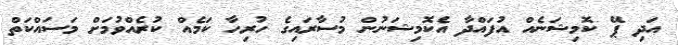
އަދި ޕޭ ކޮމިޝަނެއް އުފައްދާ އެކޮމިޝަނުން މުސާރައިގެ ހުރިހާ ކަމެއް ކުރެއްވުމަށް މަސައްކަތް